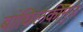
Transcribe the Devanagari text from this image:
बांधिलकीमुळे